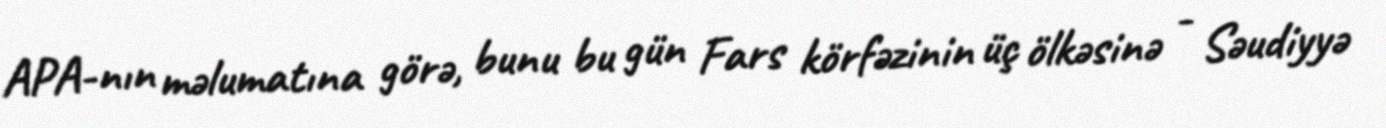
APA-nın məlumatına görə, bunu bu gün Fars körfəzinin üç ölkəsinə - Səudiyyə